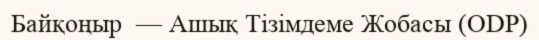
Байқоңыр  — Ашық Тізімдеме Жобасы (ODP)